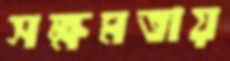
সক্ষমতায়